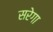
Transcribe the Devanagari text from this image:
सरेगा